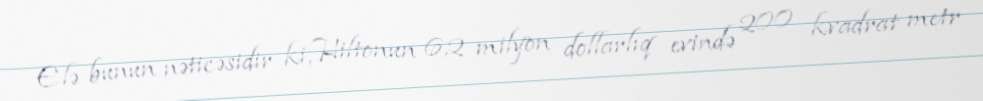
Elə bunun nəticəsidir ki, Hiltonun 6,2 milyon dollarlıq evində 200 kvadrat metr